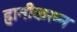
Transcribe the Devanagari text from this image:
हानीकरुन